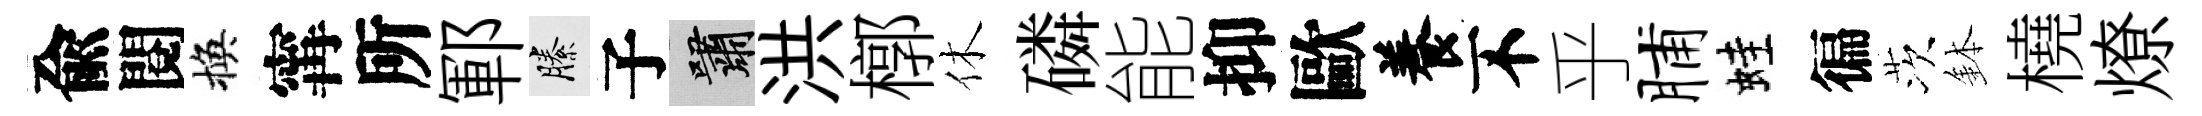
兪閱換𡩋所鄆縢子嘯洪槨休磷能抑歐養不乎脯蛙徧茨鉢橈燎